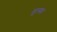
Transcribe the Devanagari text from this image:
मुल्फा